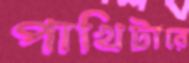
পাখিটারে